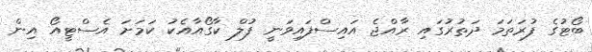
ބޯޓުގެ ފުރަތަމަ ދަތުރުގައި ރާއްޖެ އައިސްފައިވަނީ ފުލް ކާގޯއާއެކު ކަމަށަ އެސްޓީއޯ އިން